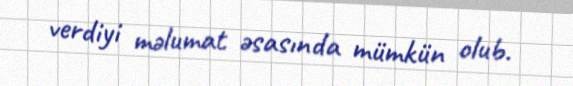
verdiyi məlumat əsasında mümkün olub.